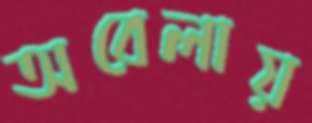
অবেলায়